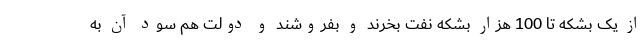
از یک بشکه تا 100 هزار بشکه نفت بخرند و بفروشند و دولت هم سود آن به